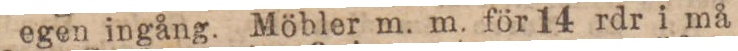
egen ingång. Möbler m. m. för 14 rdr i må